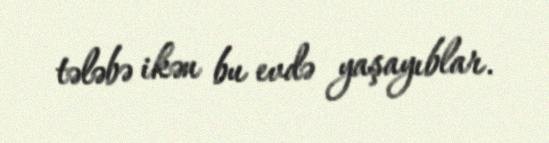
tələbə ikən bu evdə yaşayıblar.